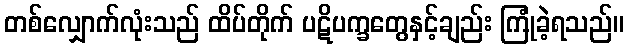
တစ်လျှောက်လုံးသည် ထိပ်တိုက် ပဋိပက္ခတွေနှင့်ချည်း ကြုံခဲ့ရသည်။